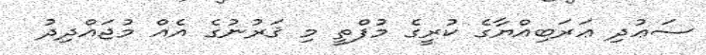
ސަޢުދި ޢަރަބިއްޔާގެ ކުރީގެ މުފްތީ މި ޤަރުނުގެ އެއް މުޖައްދިދު